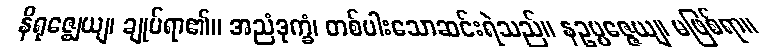
နိရုဇ္ဈေယျ၊ ချုပ်ရာ၏။ အညံဒုက္ခံ၊ တစ်ပါးသောဆင်းရဲသည်။ နဥပ္ပဇ္ဇေယျ၊ မဖြစ်ရာ။